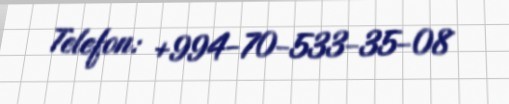
Telefon: +994-70-533-35-08